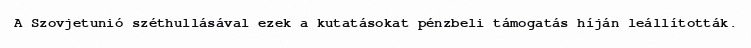
A Szovjetunió széthullásával ezek a kutatásokat pénzbeli támogatás híján leállították.